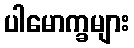
ပါမောက္ခများ